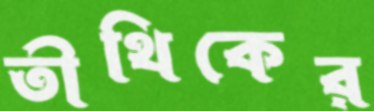
তীথিকের